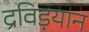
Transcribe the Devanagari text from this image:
द्रविड़यान